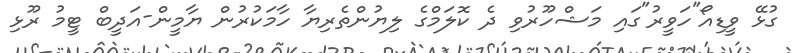
ގުޅޭ ވީޑިއޯ"ހަވީރު"ގައި މަޝްހޫރުވި ދެ ކޮލަމްގެ ލިޔުންތެރިޔާ ހާމަކުރުން ޔާމީން-އަދީބް ޓީމު ރޫޅި